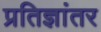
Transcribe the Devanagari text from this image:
प्रतिज्ञांतर